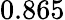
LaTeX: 0.865